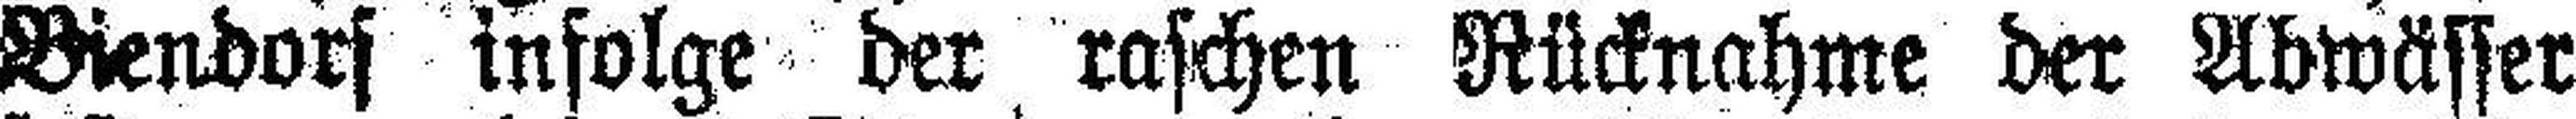
Biendorf infolge der raschen Rücknahme der Abwässer